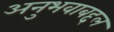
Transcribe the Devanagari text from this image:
अनुभवाबद्दल